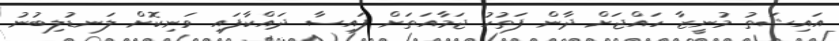
އައިޝަތު މުނީޒާ ހައްޖަށް ދާން ފަތުހު ޖަމާއަތަށް ފައިސާ ދައްކާފައި ވަނިކޮށް ލަނޑުލިބުނު